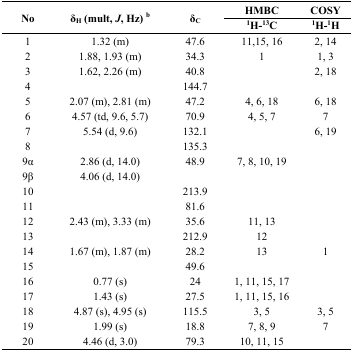
<table><thead><tr><td rowspan="2"><b>No</b></td><td rowspan="2"><b>δ<sub>H</sub> (mult, <i>J</i>, Hz) <sup>b</sup></b></td><td rowspan="2"><b>δ<sub>C</sub></b></td><td><b>HMBC</b></td><td><b>COSY</b></td></tr><tr><td><b><sup>1</sup>H-<sup>13</sup>C</b></td><td><b><sup>1</sup>H-<sup>1</sup>H</b></td></tr></thead><tbody><tr><td>1</td><td>1.32 (m)</td><td>47.6</td><td>11,15, 16</td><td>2, 14</td></tr><tr><td>2</td><td>1.88, 1.93 (m)</td><td>34.3</td><td>1</td><td>1, 3</td></tr><tr><td>3</td><td>1.62, 2.26 (m)</td><td>40.8</td><td></td><td>2, 18</td></tr><tr><td>4</td><td></td><td>144.7</td><td></td><td></td></tr><tr><td>5</td><td>2.07 (m), 2.81 (m)</td><td>47.2</td><td>4, 6, 18</td><td>6, 18</td></tr><tr><td>6</td><td>4.57 (td, 9.6, 5.7)</td><td>70.9</td><td>4, 5, 7</td><td>7</td></tr><tr><td>7</td><td>5.54 (d, 9.6)</td><td>132.1</td><td></td><td>6, 19</td></tr><tr><td>8</td><td></td><td>135.3</td><td></td><td></td></tr><tr><td>9α</td><td>2.86 (d, 14.0)</td><td>48.9</td><td>7, 8, 10, 19</td><td></td></tr><tr><td>9β</td><td>4.06 (d, 14.0)</td><td></td><td></td><td></td></tr><tr><td>10</td><td></td><td>213.9</td><td></td><td></td></tr><tr><td>11</td><td></td><td>81.6</td><td></td><td></td></tr><tr><td>12</td><td>2.43 (m), 3.33 (m)</td><td>35.6</td><td>11, 13</td><td></td></tr><tr><td>13</td><td></td><td>212.9</td><td>12</td><td></td></tr><tr><td>14</td><td>1.67 (m), 1.87 (m)</td><td>28.2</td><td>13</td><td>1</td></tr><tr><td>15</td><td></td><td>49.6</td><td></td><td></td></tr><tr><td>16</td><td>0.77 (s)</td><td>24</td><td>1, 11, 15, 17</td><td></td></tr><tr><td>17</td><td>1.43 (s)</td><td>27.5</td><td>1, 11, 15, 16</td><td></td></tr><tr><td>18</td><td>4.87 (s), 4.95 (s)</td><td>115.5</td><td>3, 5</td><td>3, 5</td></tr><tr><td>19</td><td>1.99 (s)</td><td>18.8</td><td>7, 8, 9</td><td>7</td></tr><tr><td>20</td><td>4.46 (d, 3.0)</td><td>79.3</td><td>10, 11, 15</td><td></td></tr></tbody></table>